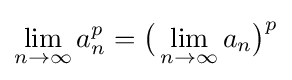
\lim _{n\to \infty }a_{n}^{p}={\bigl (}\lim _{n\to \infty }a_{n}{\bigr )}^{p}